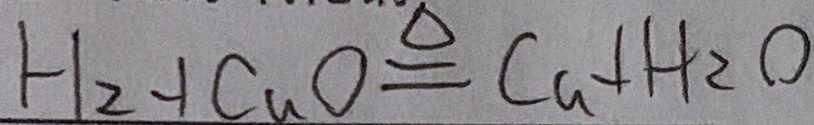
H _ { 2 } + C a O \xlongequal { \Delta } C a + H _ { 2 } O